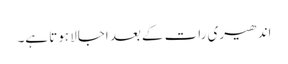
اندھیری رات کے بعد اجالا ہوتا ہے۔